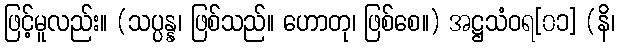
ဖြင့်မူလည်း။ (သပ္ပန္န၊ ဖြစ်သည်။ ဟောတု၊ ဖြစ်စေ။) အဋ္ဌသံဝရ[၀၁] (နိ၊